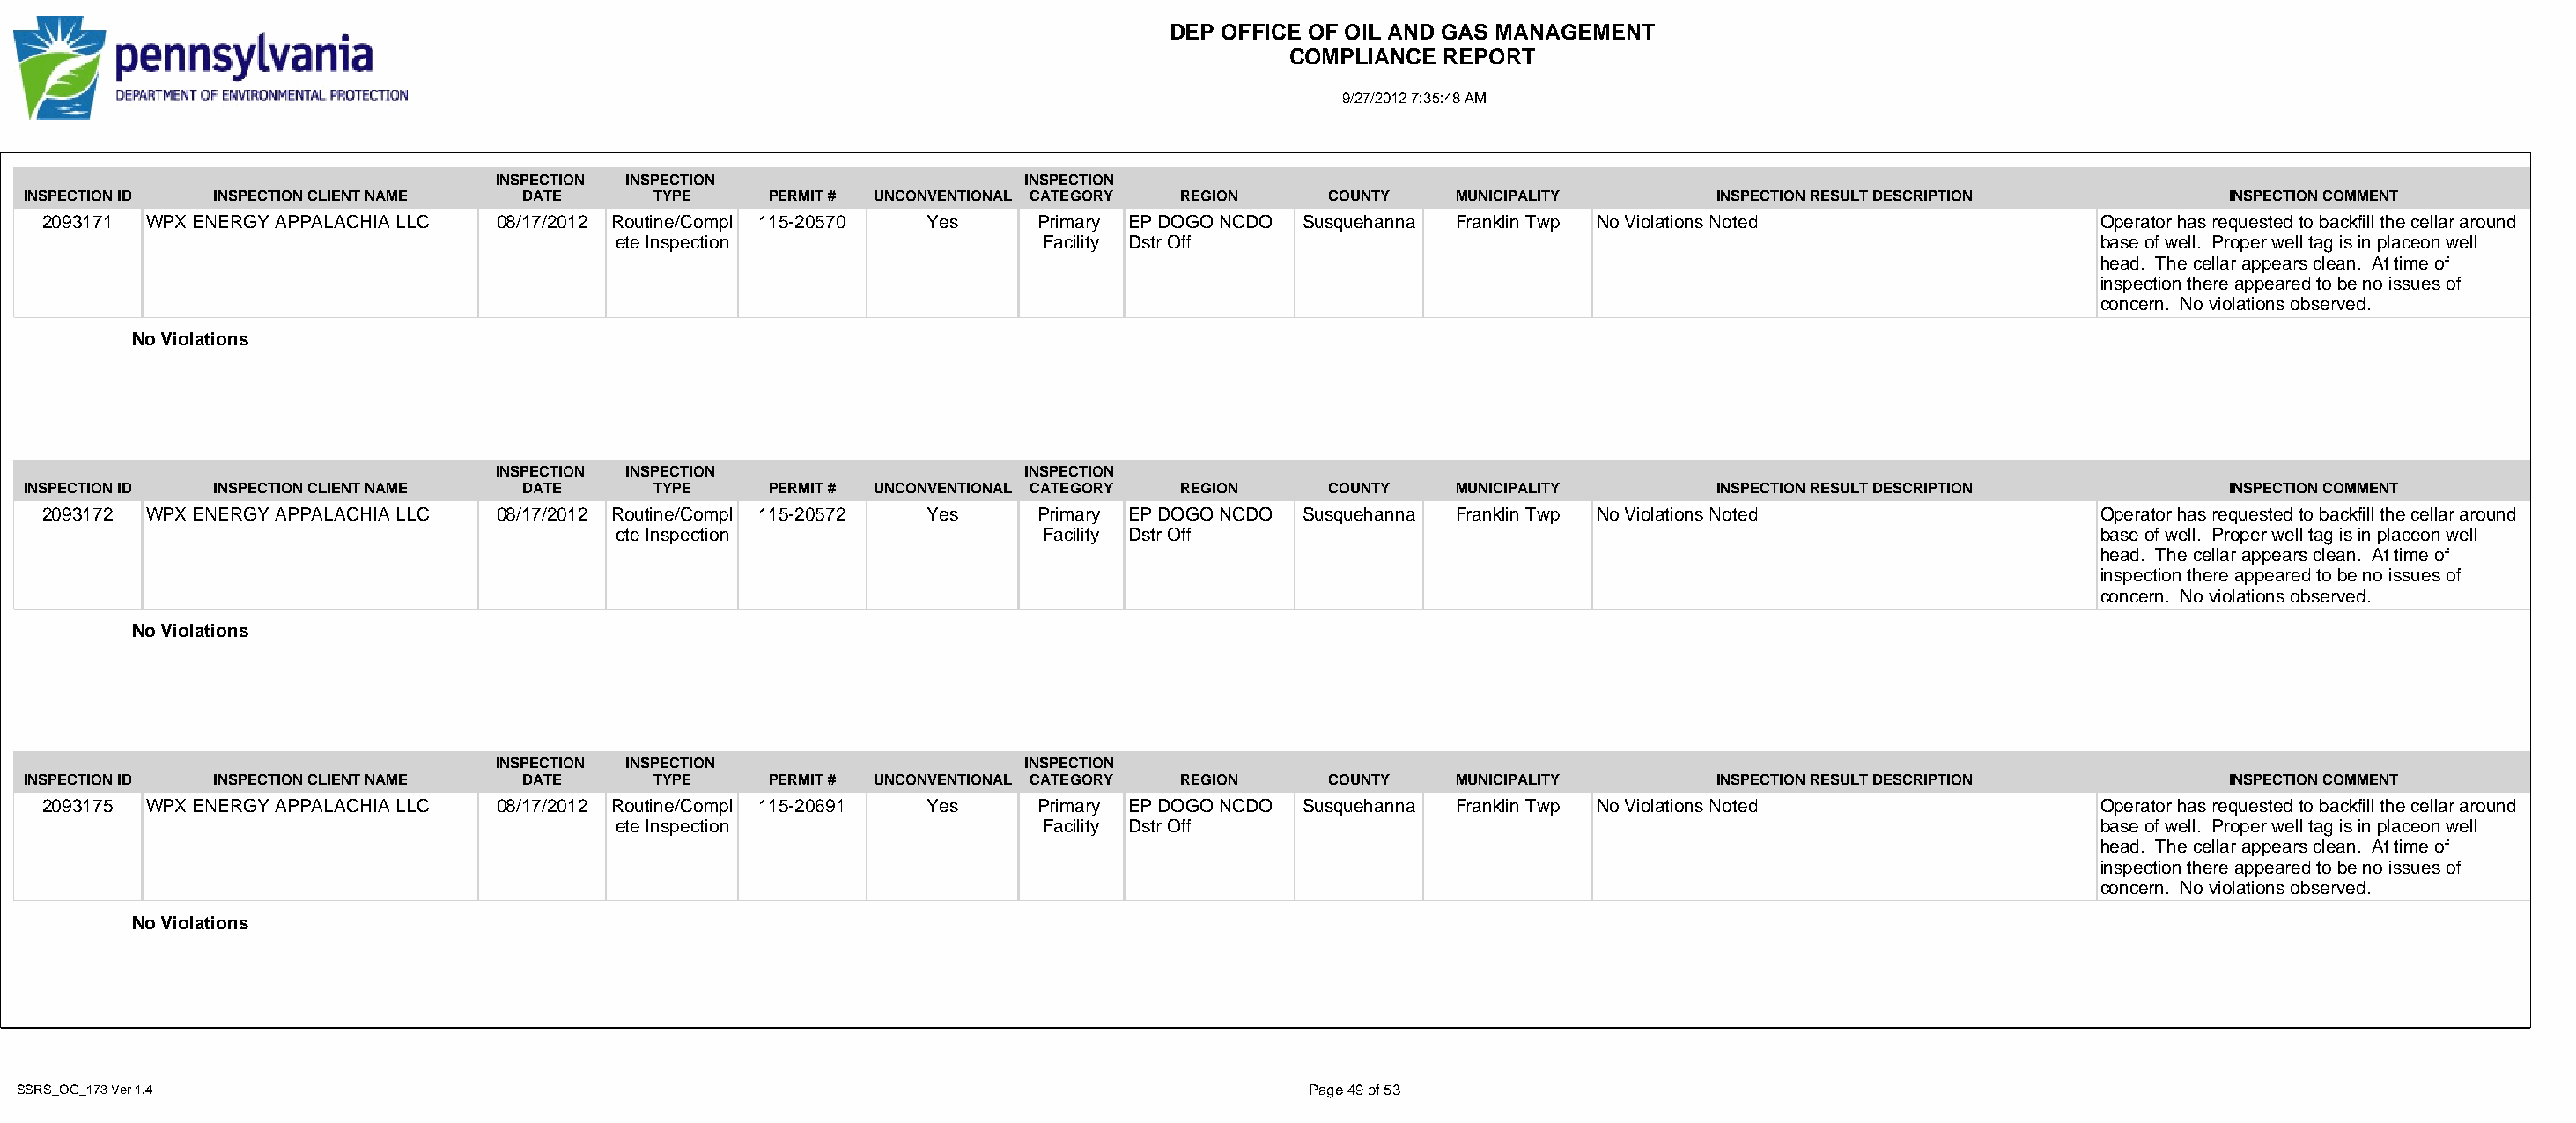
DEP OFFICE OF OIL AND GAS MANAGEMENT
 COMPLIANCE  REPORT
 9/27/2012 7:35:48 AM
 INSPECTION INSPECTION                   INSPECTION
 INSPECTION ID INSPECTION CLIENT NAME DATE      TYPE     PERMIT # UNCONVENTIONAL CATEGORY REGION   COUNTY   MUNICIPALITY        INSPECTION RESULT DESCRIPTION          INSPECTION COMMENT
 2093171 WPX ENERGY APPALACHIA LLC 08/17/2012 Routine/Compl 115-20570 Yes   Primary EP DOGO NCDO Susquehanna Franklin Twp No Violations Noted               Operator has requested to backfill the cellar around
 ete Inspection                  Facility Dstr Off                                                               base of well. Proper well tag is in placeon well
 head. The cellar appears clean. At time of
 inspection there appeared to be no issues of
 concern. No violations observed.
 No Violations
 INSPECTION INSPECTION                   INSPECTION
 INSPECTION ID INSPECTION CLIENT NAME DATE      TYPE     PERMIT # UNCONVENTIONAL CATEGORY REGION   COUNTY   MUNICIPALITY        INSPECTION RESULT DESCRIPTION          INSPECTION COMMENT
 2093172 WPX ENERGY APPALACHIA LLC 08/17/2012 Routine/Compl 115-20572 Yes   Primary EP DOGO NCDO Susquehanna Franklin Twp No Violations Noted               Operator has requested to backfill the cellar around
 ete Inspection                  Facility Dstr Off                                                               base of well. Proper well tag is in placeon well
 head. The cellar appears clean. At time of
 inspection there appeared to be no issues of
 concern. No violations observed.
 No Violations
 INSPECTION INSPECTION                   INSPECTION
 INSPECTION ID INSPECTION CLIENT NAME DATE      TYPE     PERMIT # UNCONVENTIONAL CATEGORY REGION   COUNTY   MUNICIPALITY        INSPECTION RESULT DESCRIPTION          INSPECTION COMMENT
 2093175 WPX ENERGY APPALACHIA LLC 08/17/2012 Routine/Compl 115-20691 Yes   Primary EP DOGO NCDO Susquehanna Franklin Twp No Violations Noted               Operator has requested to backfill the cellar around
 ete Inspection                  Facility Dstr Off                                                               base of well. Proper well tag is in placeon well
 head. The cellar appears clean. At time of
 inspection there appeared to be no issues of
 concern. No violations observed.
 No Violations
 SSRS_OG_173 Ver 1.4                                                                              Page 49 of 53